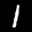
Label: 1